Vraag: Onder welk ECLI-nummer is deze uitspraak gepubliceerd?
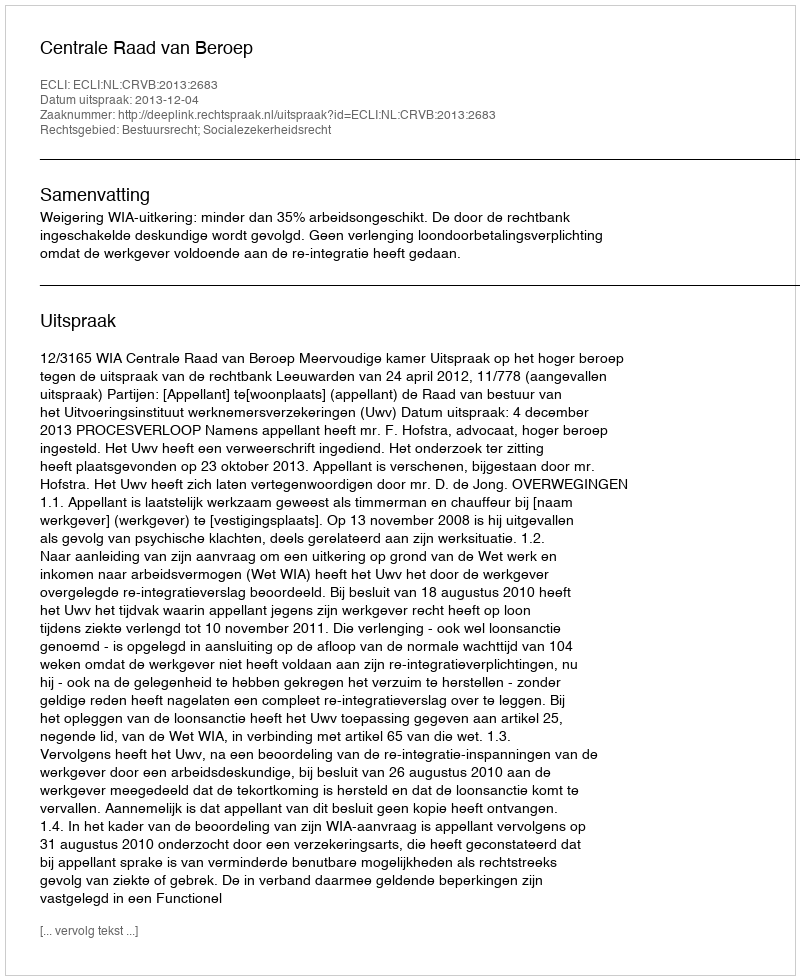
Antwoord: ECLI:NL:CRVB:2013:2683